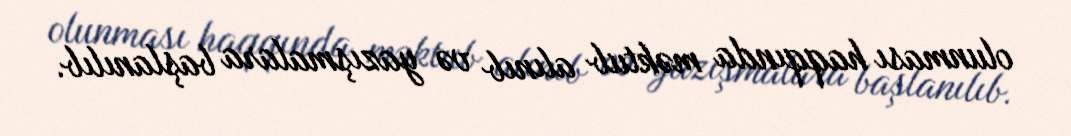
olunması haqqında məktub alınıb və yazışmalara başlanılıb.